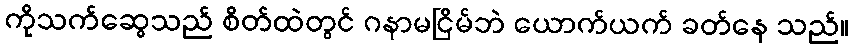
ကိုသက်ဆွေသည် စိတ်ထဲတွင် ဂနာမငြိမ်ဘဲ ယောက်ယက် ခတ်နေ သည်။